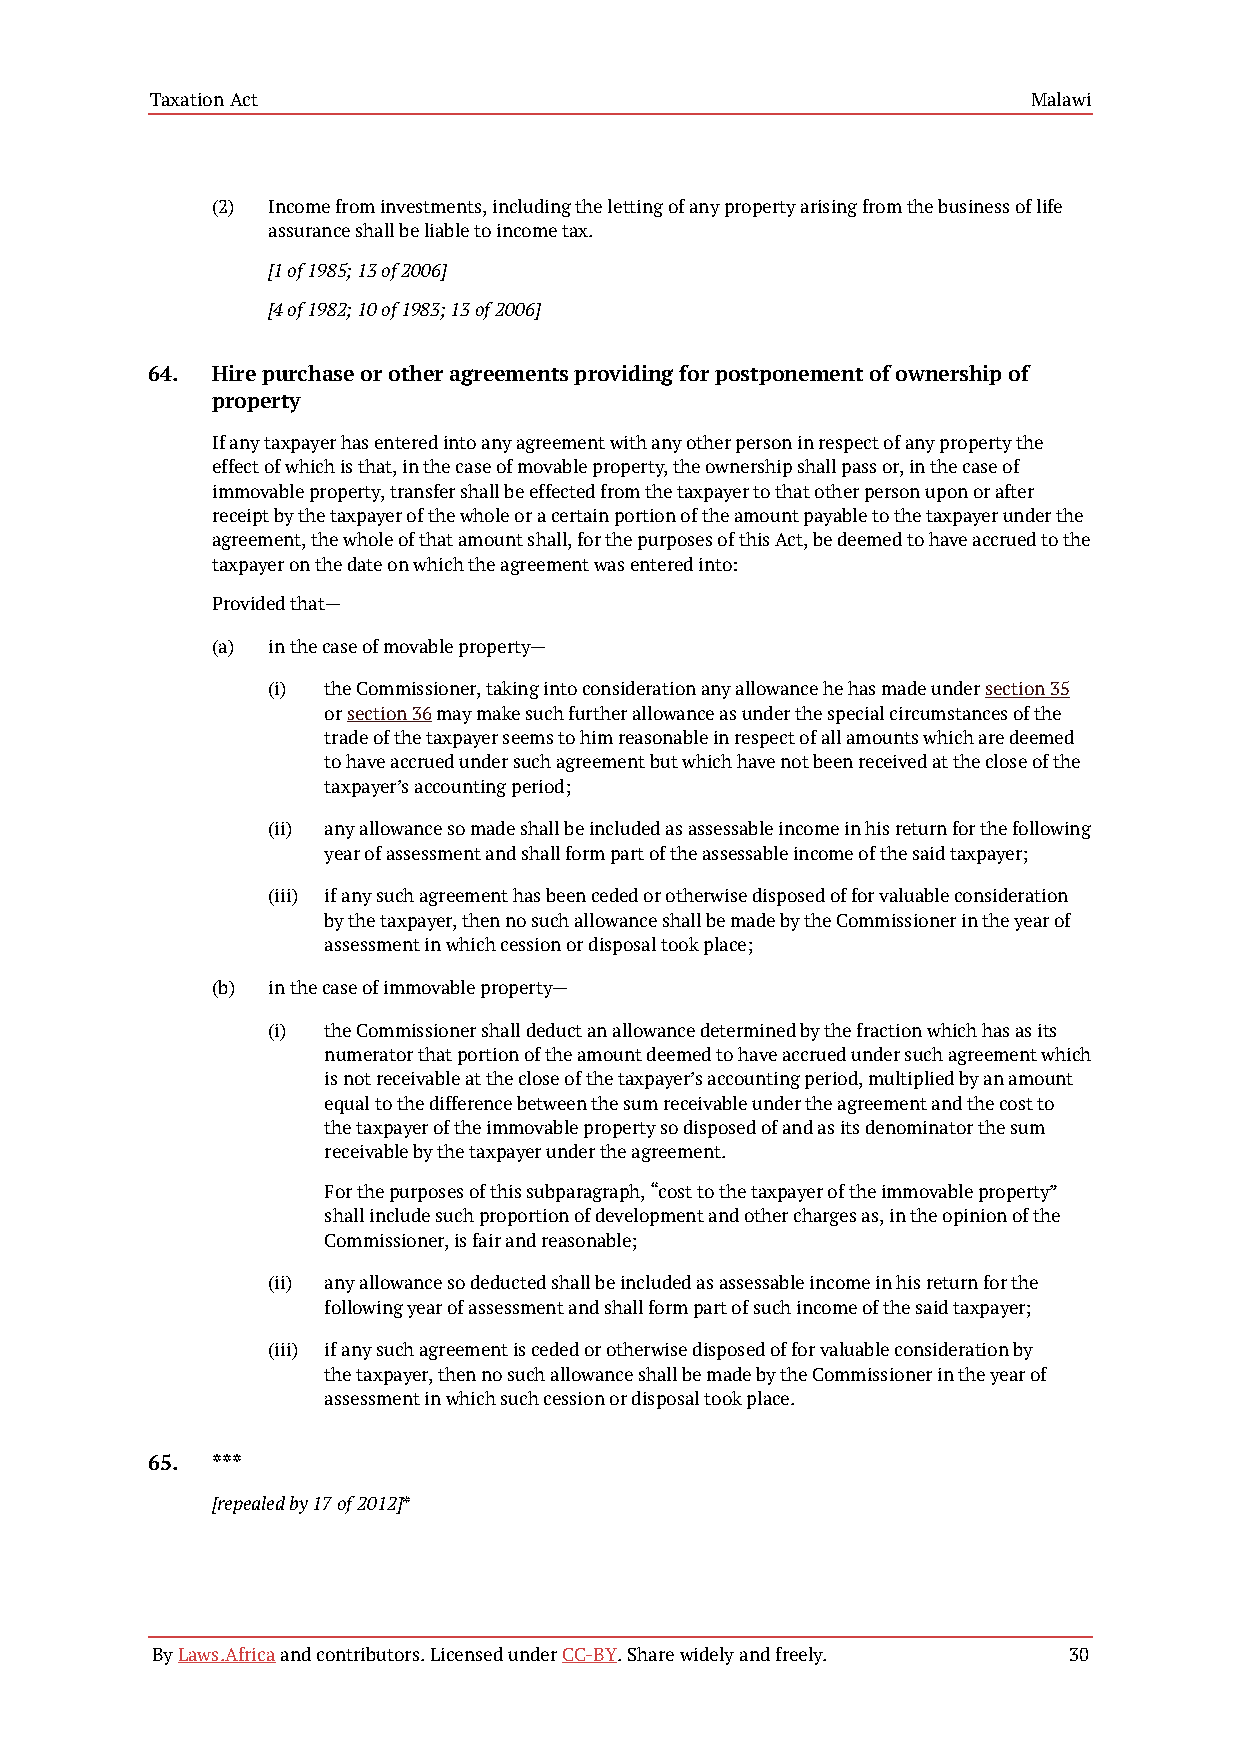
Taxation Act                                              Malawi
 (2) Income from investments, including the letting of any property arising from the business of life
 assurance shall be liable to income tax.
 [1 of 1985; 13 of 2006]
 [4 of 1982; 10 of 1983; 13 of 2006]
 64. Hire purchase or other agreements providing for postponement of ownership of
 property
 If any taxpayer has entered into any agreement with any other person in respect of any property the
 effect of which is that, in the case of movable property, the ownership shall pass or, in the case of
 immovable property, transfer shall be effected from the taxpayer to that other person upon or after
 receipt by the taxpayer of the whole or a certain portion of the amount payable to the taxpayer under the
 agreement, the whole of that amount shall, for the purposes of this Act, be deemed to have accrued to the
 taxpayer on the date on which the agreement was entered into:
 Provided that—
 (a) in the case of movable property—
 (i) the Commissioner, taking into consideration any allowance he has made under section 35
 or section 36 may make such further allowance as under the special circumstances of the
 trade of the taxpayer seems to him reasonable in respect of all amounts which are deemed
 to have accrued under such agreement but which have not been received at the close of the
 taxpayer’s accounting period;
 (ii) any allowance so made shall be included as assessable income in his return for the following
 year of assessment and shall form part of the assessable income of the said taxpayer;
 (iii) if any such agreement has been ceded or otherwise disposed of for valuable consideration
 by the taxpayer, then no such allowance shall be made by the Commissioner in the year of
 assessment in which cession or disposal took place;
 (b) in the case of immovable property—
 (i) the Commissioner shall deduct an allowance determined by the fraction which has as its
 numerator that portion of the amount deemed to have accrued under such agreement which
 is not receivable at the close of the taxpayer’s accounting period, multiplied by an amount
 equal to the difference between the sum receivable under the agreement and the cost to
 the taxpayer of the immovable property so disposed of and as its denominator the sum
 receivable by the taxpayer under the agreement.
 For the purposes of this subparagraph, “cost to the taxpayer of the immovable property”
 shall include such proportion of development and other charges as, in the opinion of the
 Commissioner, is fair and reasonable;
 (ii) any allowance so deducted shall be included as assessable income in his return for the
 following year of assessment and shall form part of such income of the said taxpayer;
 (iii) if any such agreement is ceded or otherwise disposed of for valuable consideration by
 the taxpayer, then no such allowance shall be made by the Commissioner in the year of
 assessment in which such cession or disposal took place.
 65. ***
 [repealed by 17 of 2012]*
 By Laws.Africa and contributors. Licensed under CC-BY. Share widely and freely. 30